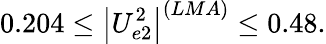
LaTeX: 0.204\leq\left|U_{e2}^{2}\right|^{(LMA)}\leq 0.48.